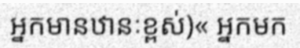
អ្នកមានឋានៈខ្ពស់)« អ្នកមក